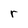
Character: r